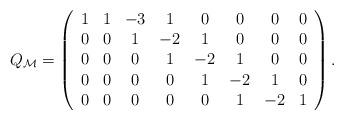
LaTeX: \begin{align*}Q_{\cal M}=\left(\begin{array}{ccccccccc} 1& 1&-3& 1& 0& 0& 0& 0 \\ 0& 0& 1&-2& 1& 0& 0& 0 \\ 0& 0& 0& 1&-2& 1& 0& 0 \\ 0& 0& 0& 0& 1&-2& 1& 0 \\ 0& 0& 0& 0& 0& 1&-2& 1\end{array}\right).\end{align*}